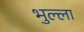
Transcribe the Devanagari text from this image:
भुल्ला